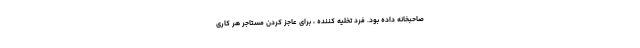
صاحبخانه داده بود. فرد تخلیه کننده ، برای عاجز کردن مستاجر هر کاری